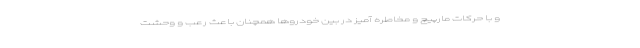
و با حرکات مارپیچ و مخاطره آمیز در بین خودروها همچنان باعث رعب و وحشت